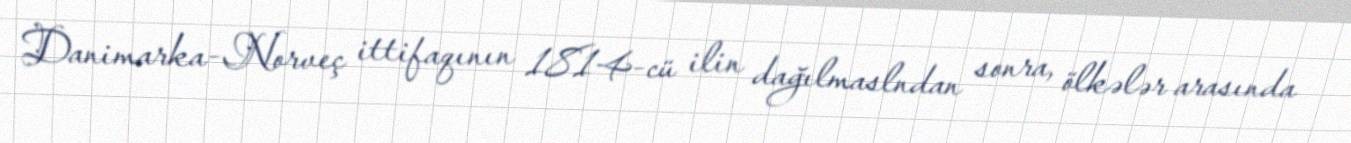
Danimarka-Norveç ittifaqının 1814-cü ilin dağılmaslndan sonra, ölkələr arasında